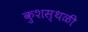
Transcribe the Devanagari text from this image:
कुशस्थळी